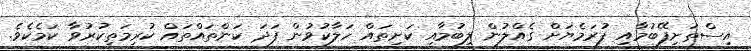
އިސްތަށިފޭބުމާއި ފުރަމެޔަށް ގެއްލުން ލިބުމާއި ކަށިތައް ހަލާކުވުން ފަދަ ކަންތައްތައް ކުރިމަތިކުރުވާ ކަމެކެވެ.